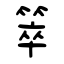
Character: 箤